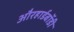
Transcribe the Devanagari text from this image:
औरहार्डबॉडी